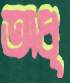
অধ্